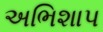
અભિશાપ